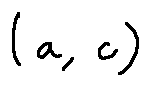
( a , c )